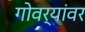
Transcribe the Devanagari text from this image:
गोवर्यांवर